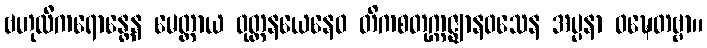
ဗဟုလီကရောန္တေန မေတ္တာယ ဝုတ္တနယေနေဝ တိကစတုက္ကဇ္ဈာနဝသေန အပ္ပနာ ဝဍ္ဎေတဗ္ဗာ။